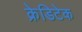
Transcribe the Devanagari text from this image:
क्रेडिटेक